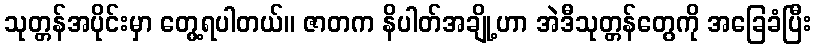
သုတ္တန်အပိုင်းမှာ တွေ့ရပါတယ်။ ဇာတက နိပါတ်အချို့ဟာ အဲဒီသုတ္တန်တွေကို အခြေခံပြီး